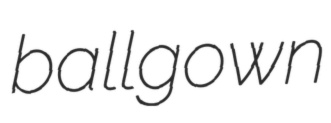
ballgown